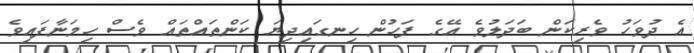
އެ ދުވަހު ވެރިކަން ބަދަލުވެ އޭގެ ފަހުން ހިނގައިދިޔަ ކަންތައްތައް ވެސް ހިމަނާފައިވެ